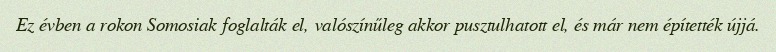
Ez évben a rokon Somosiak foglalták el, valószínűleg akkor pusztulhatott el, és már nem építették újjá.